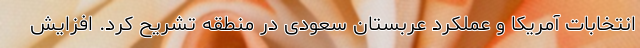
انتخابات آمریکا و عملکرد عربستان سعودی در منطقه تشریح کرد. افزایش